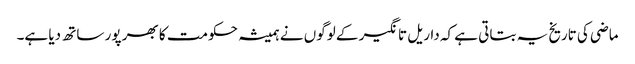
ماضی کی تاریخ یہ بتاتی ہے کہ داریل تانگیر کے لوگوں نے ہمیشہ حکومت کا بھر پور ساتھ دیا ہے۔